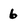
Character: 6